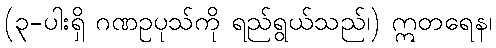
(၃-ပါးရှိ ဂဏဥပုသ်ကို ရည်ရွယ်သည်၊) ဣတရေန၊